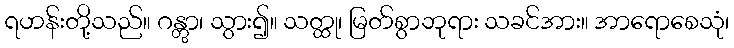
ရဟန်းတို့သည်။ ဂန္တွာ၊ သွား၍။ သတ္ထု၊ မြတ်စွာဘုရား သခင်အား။ အာရောစေသုံ၊